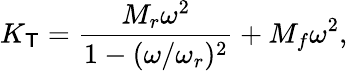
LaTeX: K_{\mathsf{T}}=\frac{M_{r}\omega^{2}}{1-(\omega/\omega_{r})^{2}}+M_{f}\omega^{2},